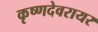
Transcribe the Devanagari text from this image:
कृष्णदेवरायर